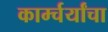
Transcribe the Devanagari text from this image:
कार्म्चर्यांचा